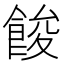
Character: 餕